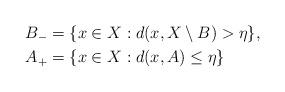
LaTeX: \begin{align*}B_- &= \{ x\in X : d(x,X\setminus B) > \eta \} , \\A_+ &= \{ x\in X : d(x,A) \leq \eta \}\end{align*}